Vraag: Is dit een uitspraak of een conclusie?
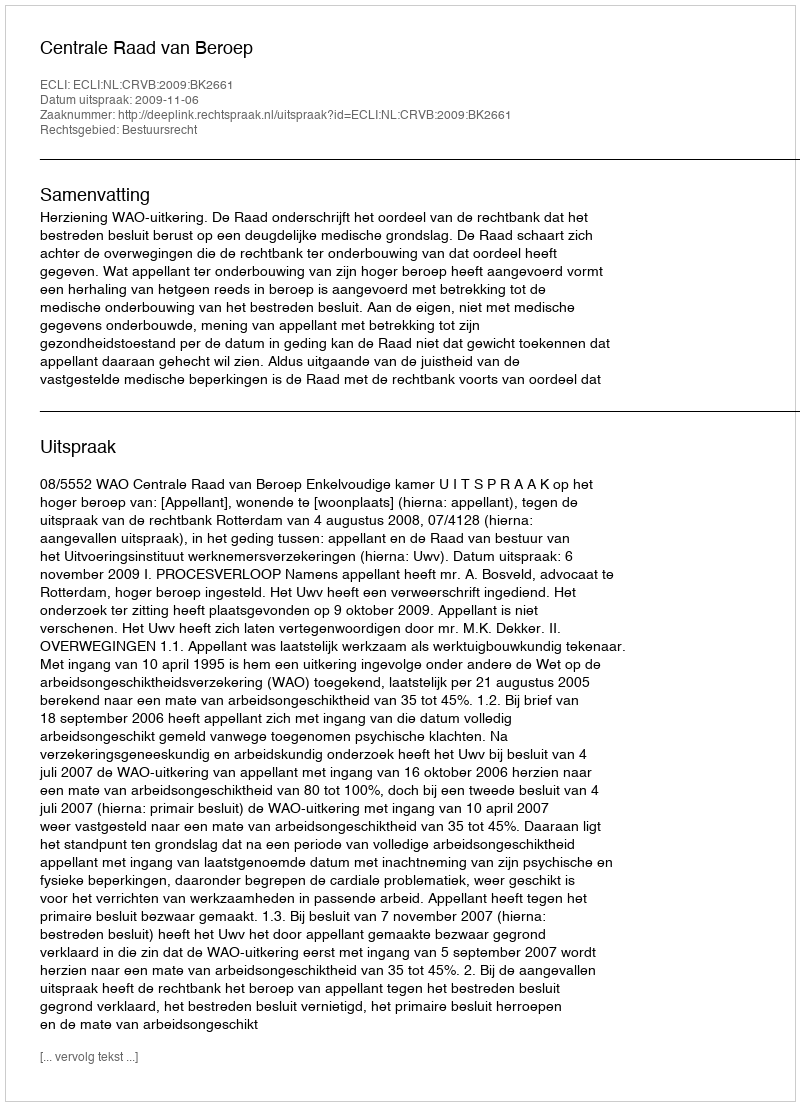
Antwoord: Uitspraak